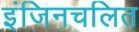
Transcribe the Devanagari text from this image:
इंजिनचलित